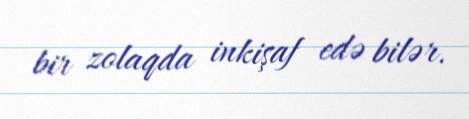
bir zolaqda inkişaf edə bilər.